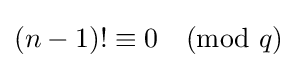
(n-1)!\equiv 0{\pmod {q}}